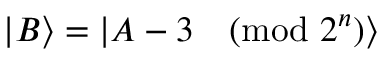
| B \rangle = | A - 3 { \pmod { 2 ^ { n } } } \rangle